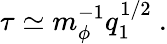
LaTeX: \tau\simeq m_{\phi}^{-1}q_{1}^{1/2}\ .